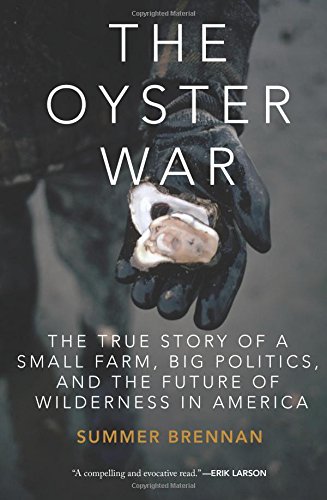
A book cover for The Oyster War: The True Story of a Small Farm, Big Politics, and the Future of Wilderness in America; Summer Brennan; Science & Math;